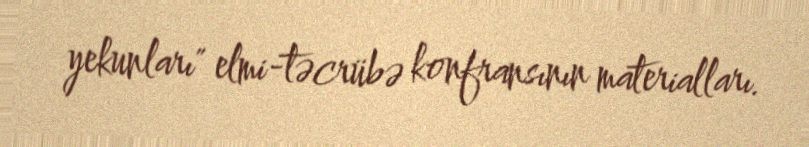
yekunları" elmi-təcrübə konfransının materialları.